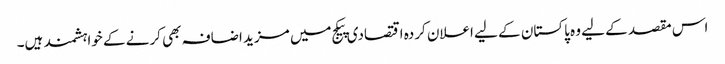
اس مقصد کے لیے وہ پاکستان کے لیے اعلان کردہ اقتصادی پیکج میں مزید اضافہ بھی کرنے کے خواہشمند ہیں۔